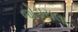
જોડાયલા